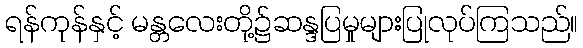
ရန်ကုန်နှင့် မန္တလေးတို့၌ဆန္ဒပြမှုများပြုလုပ်ကြသည်။